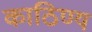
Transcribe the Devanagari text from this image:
काठिण्य